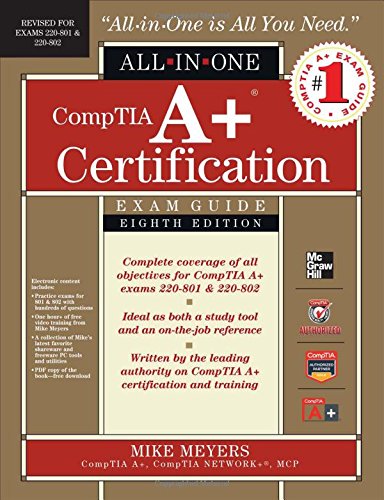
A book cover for CompTIA A+ Certification All-in-One Exam Guide, 8th Edition (Exams 220-801 & 220-802); Mike Meyers; Computers & Technology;